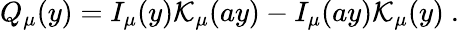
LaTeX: Q_{\mu}(y)=I_{\mu}(y)\mathcal{K}_{\mu}(ay)-I_{\mu}(ay)\mathcal{K}_{\mu}(y)~.